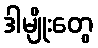
ဒါမျိုးတွေ